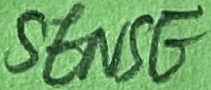
Text: SENSE